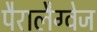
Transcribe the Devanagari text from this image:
पैरालैग्वेज